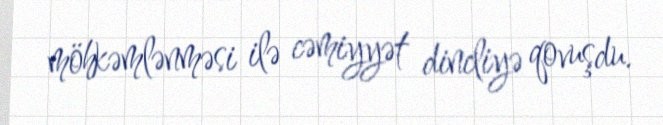
möhkəmlənməsi ilə cəmiyyət dincliyə qovuşdu.